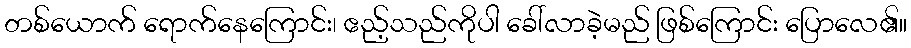
တစ်ယောက် ရောက်နေကြောင်း၊ ဧည့်သည်ကိုပါ ခေါ်လာခဲ့မည် ဖြစ်ကြောင်း ပြောလေ၏။